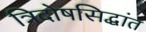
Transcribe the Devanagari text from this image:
त्रिदोषसिद्धांत